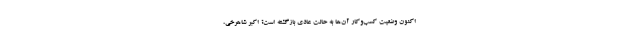
اکنون وضعیت کسب‌وکار آن‌ها به حالت عادی بازگشته است؟ اکبر شاهرخی،